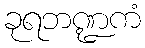
ခုရဘဏ္ဍကံ